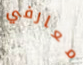
معارفي